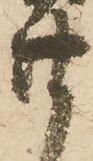
廿